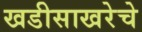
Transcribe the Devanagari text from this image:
खडीसाखरेचे